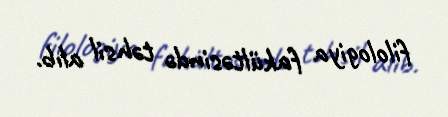
filologiya fakültəsində təhsil alıb.